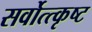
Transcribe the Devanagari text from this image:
सर्वोत्त्कृष्ट